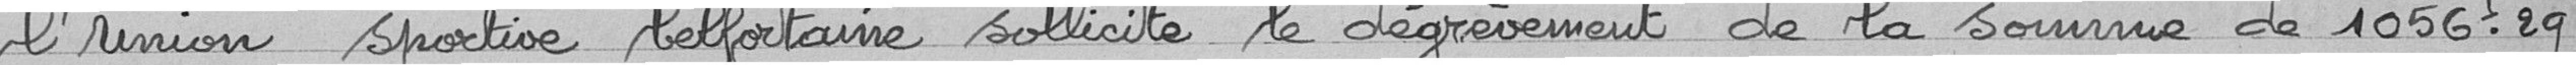
l'Union sportive belfortaine sollicite le dégrèvement de la somme de 1056F29